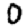
Digit: 0